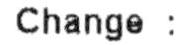
CHANGE :